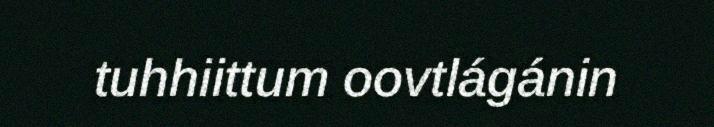
tuhhiittum oovtlágánin